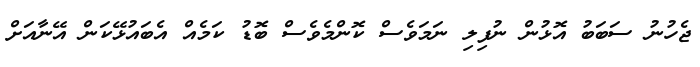
ޖެހުނު ސަބަބު އޮޅުން ނުފިލި ނަމަވެސް ކޮންމެވެސް ބޮޑު ކަމެއް އެބައުޅޭކަން އޭނާއަށް